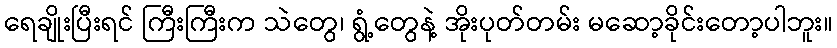
ရေချိုးပြီးရင် ကြီးကြီးက သဲတွေ၊ ရွံ့တွေနဲ့ အိုးပုတ်တမ်း မဆော့ခိုင်းတော့ပါဘူး။